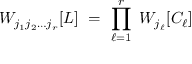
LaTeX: W _ { j _ { 1 } j _ { 2 } \ldots j _ { r } } [ L ] \ = \ \prod _ { \ell = 1 } ^ { r } \ W _ { j _ { \ell } } [ C _ { \ell } ]